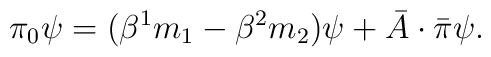
\pi_{0}\psi= (\beta^{1} m_{1}-\beta^{2} m_{2})\psi+\bar{A} \cdot\bar{\pi}\psi.